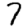
Digit: 7